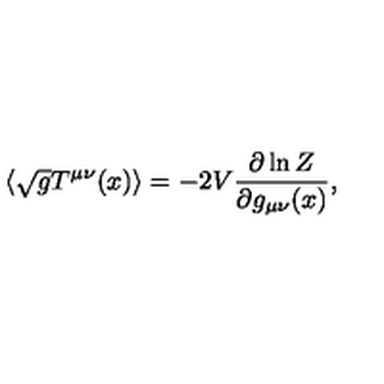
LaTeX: \langle \sqrt { g } T ^ { \mu \nu } ( x ) \rangle = - 2 V { \frac { \partial \ln Z } { \partial g _ { \mu \nu } ( x ) } } ,